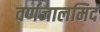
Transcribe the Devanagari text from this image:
वर्णजालमिदं